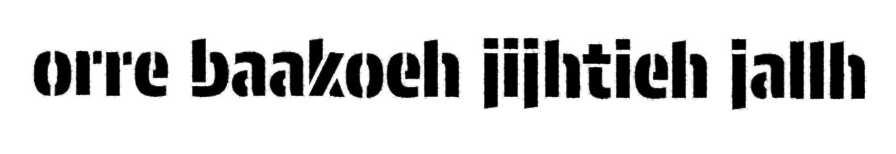
orre baakoeh jijhtieh jallh